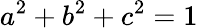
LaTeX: a^{2}+b^{2}+c^{2}=1